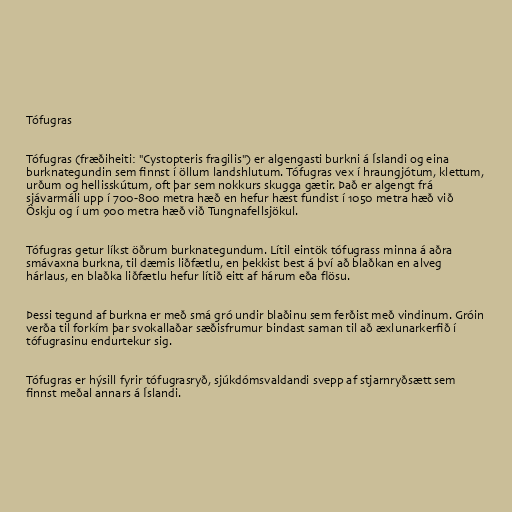
Tófugras

Tófugras (fræðiheiti: "Cystopteris fragilis") er algengasti burkni á Íslandi og eina
burknategundin sem finnst í öllum landshlutum. Tófugras vex í hraungjótum, klettum,
urðum og hellisskútum, oft þar sem nokkurs skugga gætir. Það er algengt frá
sjávarmáli upp í 700-800 metra hæð en hefur hæst fundist í 1050 metra hæð við
Öskju og í um 900 metra hæð við Tungnafellsjökul.

Tófugras getur líkst öðrum burknategundum. Lítil eintök tófugrass minna á aðra
smávaxna burkna, til dæmis liðfætlu, en þekkist best á því að blaðkan en alveg
hárlaus, en blaðka liðfætlu hefur lítið eitt af hárum eða flösu.

Þessi tegund af burkna er með smá gró undir blaðinu sem ferðist með vindinum. Gróin
verða til forkím þar svokallaðar sæðisfrumur bindast saman til að æxlunarkerfið í
tófugrasinu endurtekur sig.

Tófugras er hýsill fyrir tófugrasryð, sjúkdómsvaldandi svepp af stjarnryðsætt sem
finnst meðal annars á Íslandi.